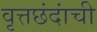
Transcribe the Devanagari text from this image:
वृत्तछंदांची